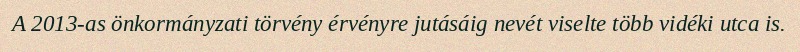
A 2013-as önkormányzati törvény érvényre jutásáig nevét viselte több vidéki utca is.